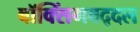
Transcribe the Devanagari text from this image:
बॉक्सिंगबद्दल